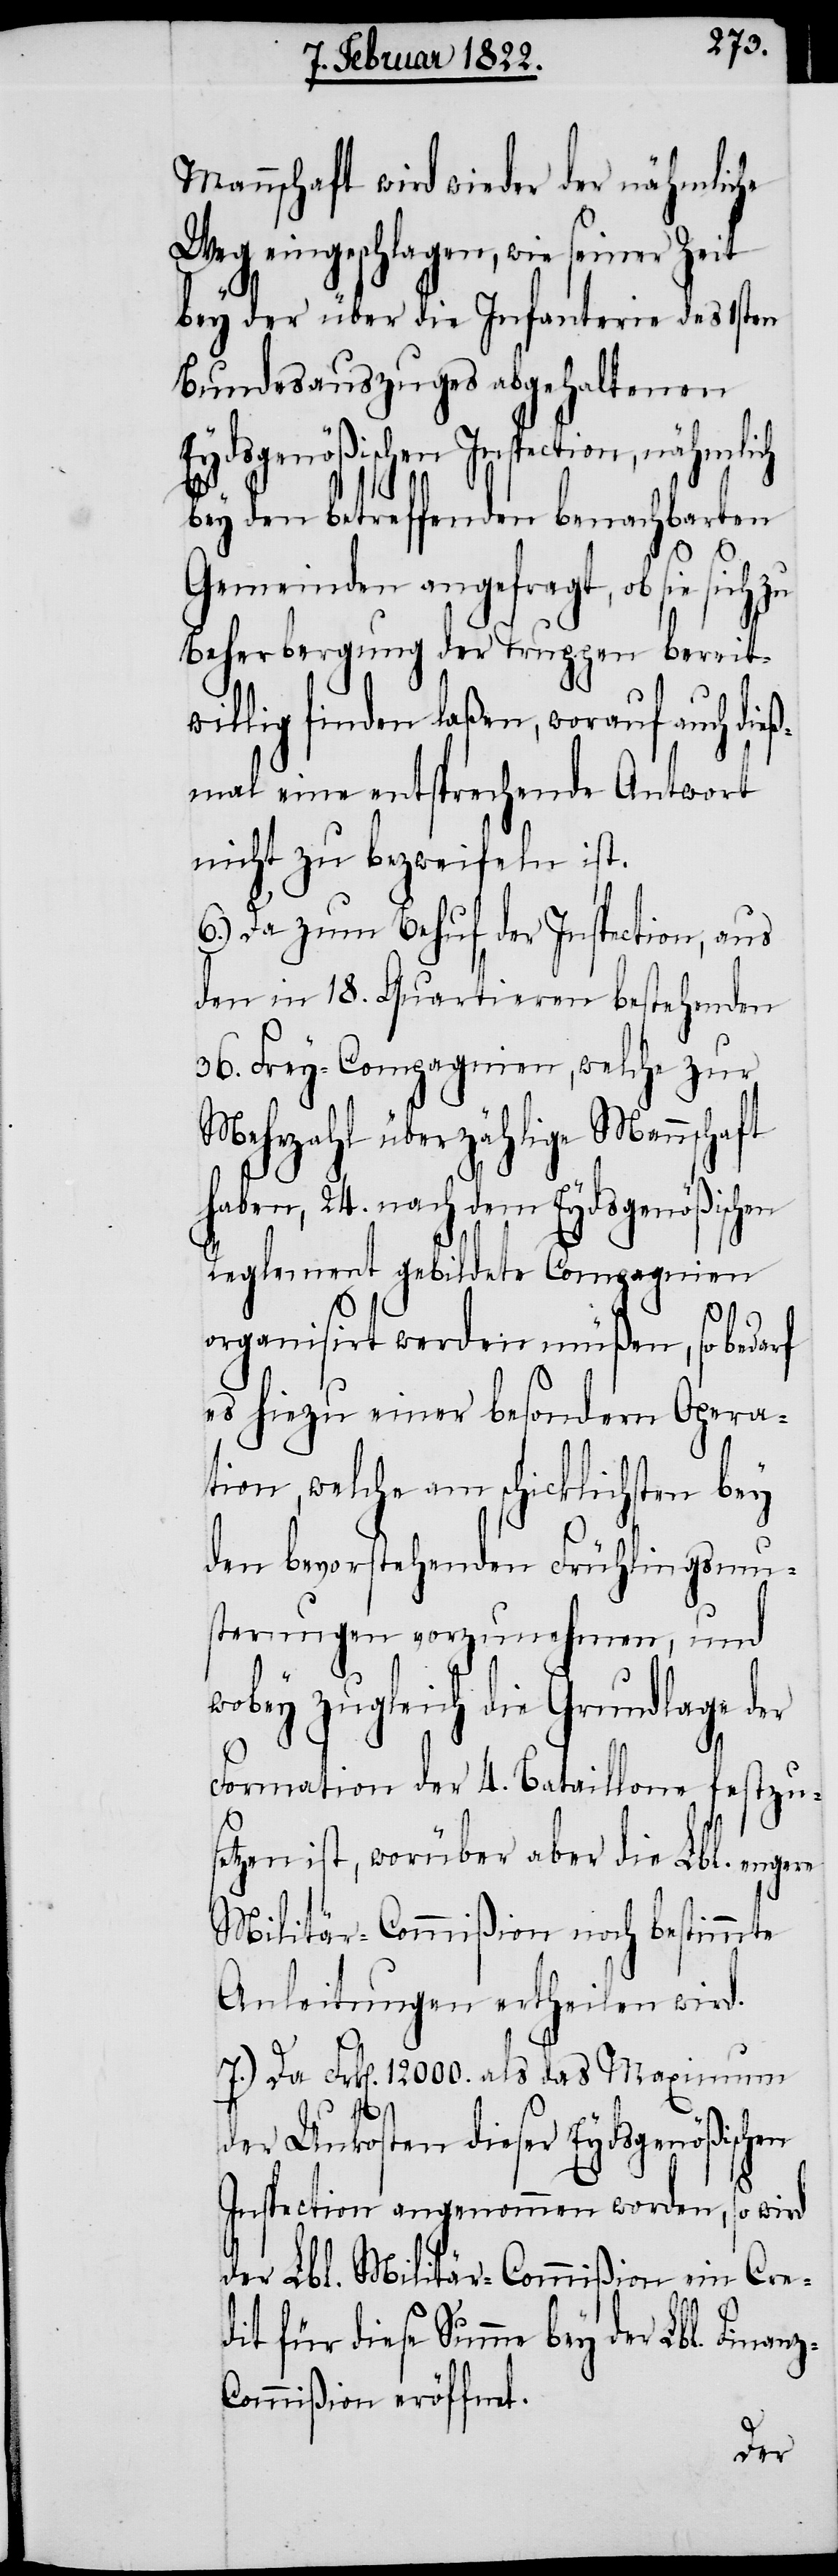
z-C¬
Mannschaft wird wieder der nähmliche
Weg eingeschlagen, wie seiner Zeit
bey der über die Infanterie des 1sten
Bundesauszuges abgehaltenen
Eydsgenößischen Inspection, nähmlich
bey den betreffenden benachbarten
Gemeinden angefragt, ob sie sich zu
Beherbergung der Truppen bereit¬
willig finden laßen, worauf auch die¬
ßmal eine entsprechende Antwort
nicht zu bezweifeln ist.
6.) Da zum Behuf der Inspection, aus
den in 18. Quartieren bestehenden
36. Frey-Compagnien, welche zur
Mehrzahl überzählige Mannschaft
haben, 24. nach dem Eydsgenößisch¬
Reglement gebildete Compagnien
organisirt werden müßen, so be¬
es hiezu einer besondern Opera¬
tion, welche am schicklichsten bey
den bevorstehenden Frühlingsmu¬
sterungen vorzunehmen, und
wobey zugleich die Grundlage der
Formation der 4. Bataillone festzu¬
setzen ist, worüber aber die Lbl. engere
Militär-Commißion noch bestimmte
Anleitungen ertheilen wird.
7.) Da Frk[en]. 12000. als das Maximum
der Unkosten dieser Eydsgenößischen
Inspection angenommen worden, so wird
der Lbl. Militär-Commißion ein Cred¬
it für diese Summe bey der Lbl. Finan¬
ommißion eröffnet.
darf